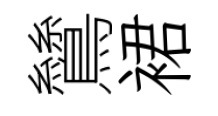
鷥裙